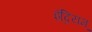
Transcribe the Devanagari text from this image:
इंद्रियम्